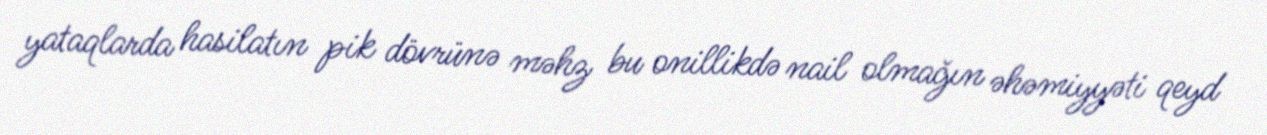
yataqlarda hasilatın pik dövrünə məhz bu onillikdə nail olmağın əhəmiyyəti qeyd